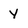
Character: y